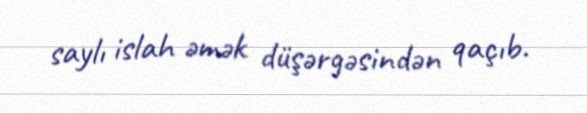
saylı islah əmək düşərgəsindən qaçıb.